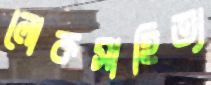
লোকসাহিত্য